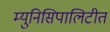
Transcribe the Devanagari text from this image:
म्युनिसिपालिटीत